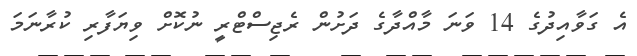
އެ ގަވާއިދުގެ 14 ވަނަ މާއްދާގެ ދަށުން ރެޖިސްޓްރީ ނުކޮށް ވިޔަފާރި ކުރާނަމަ